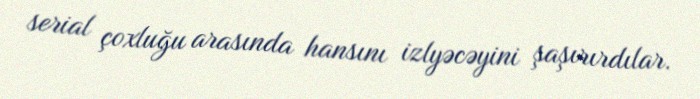
serial çoxluğu arasında hansını izlyəcəyini şaşırırdılar.